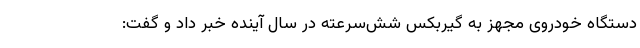
دستگاه خودروی مجهز به گیربکس شش‌سرعته در سال آینده خبر داد و گفت: